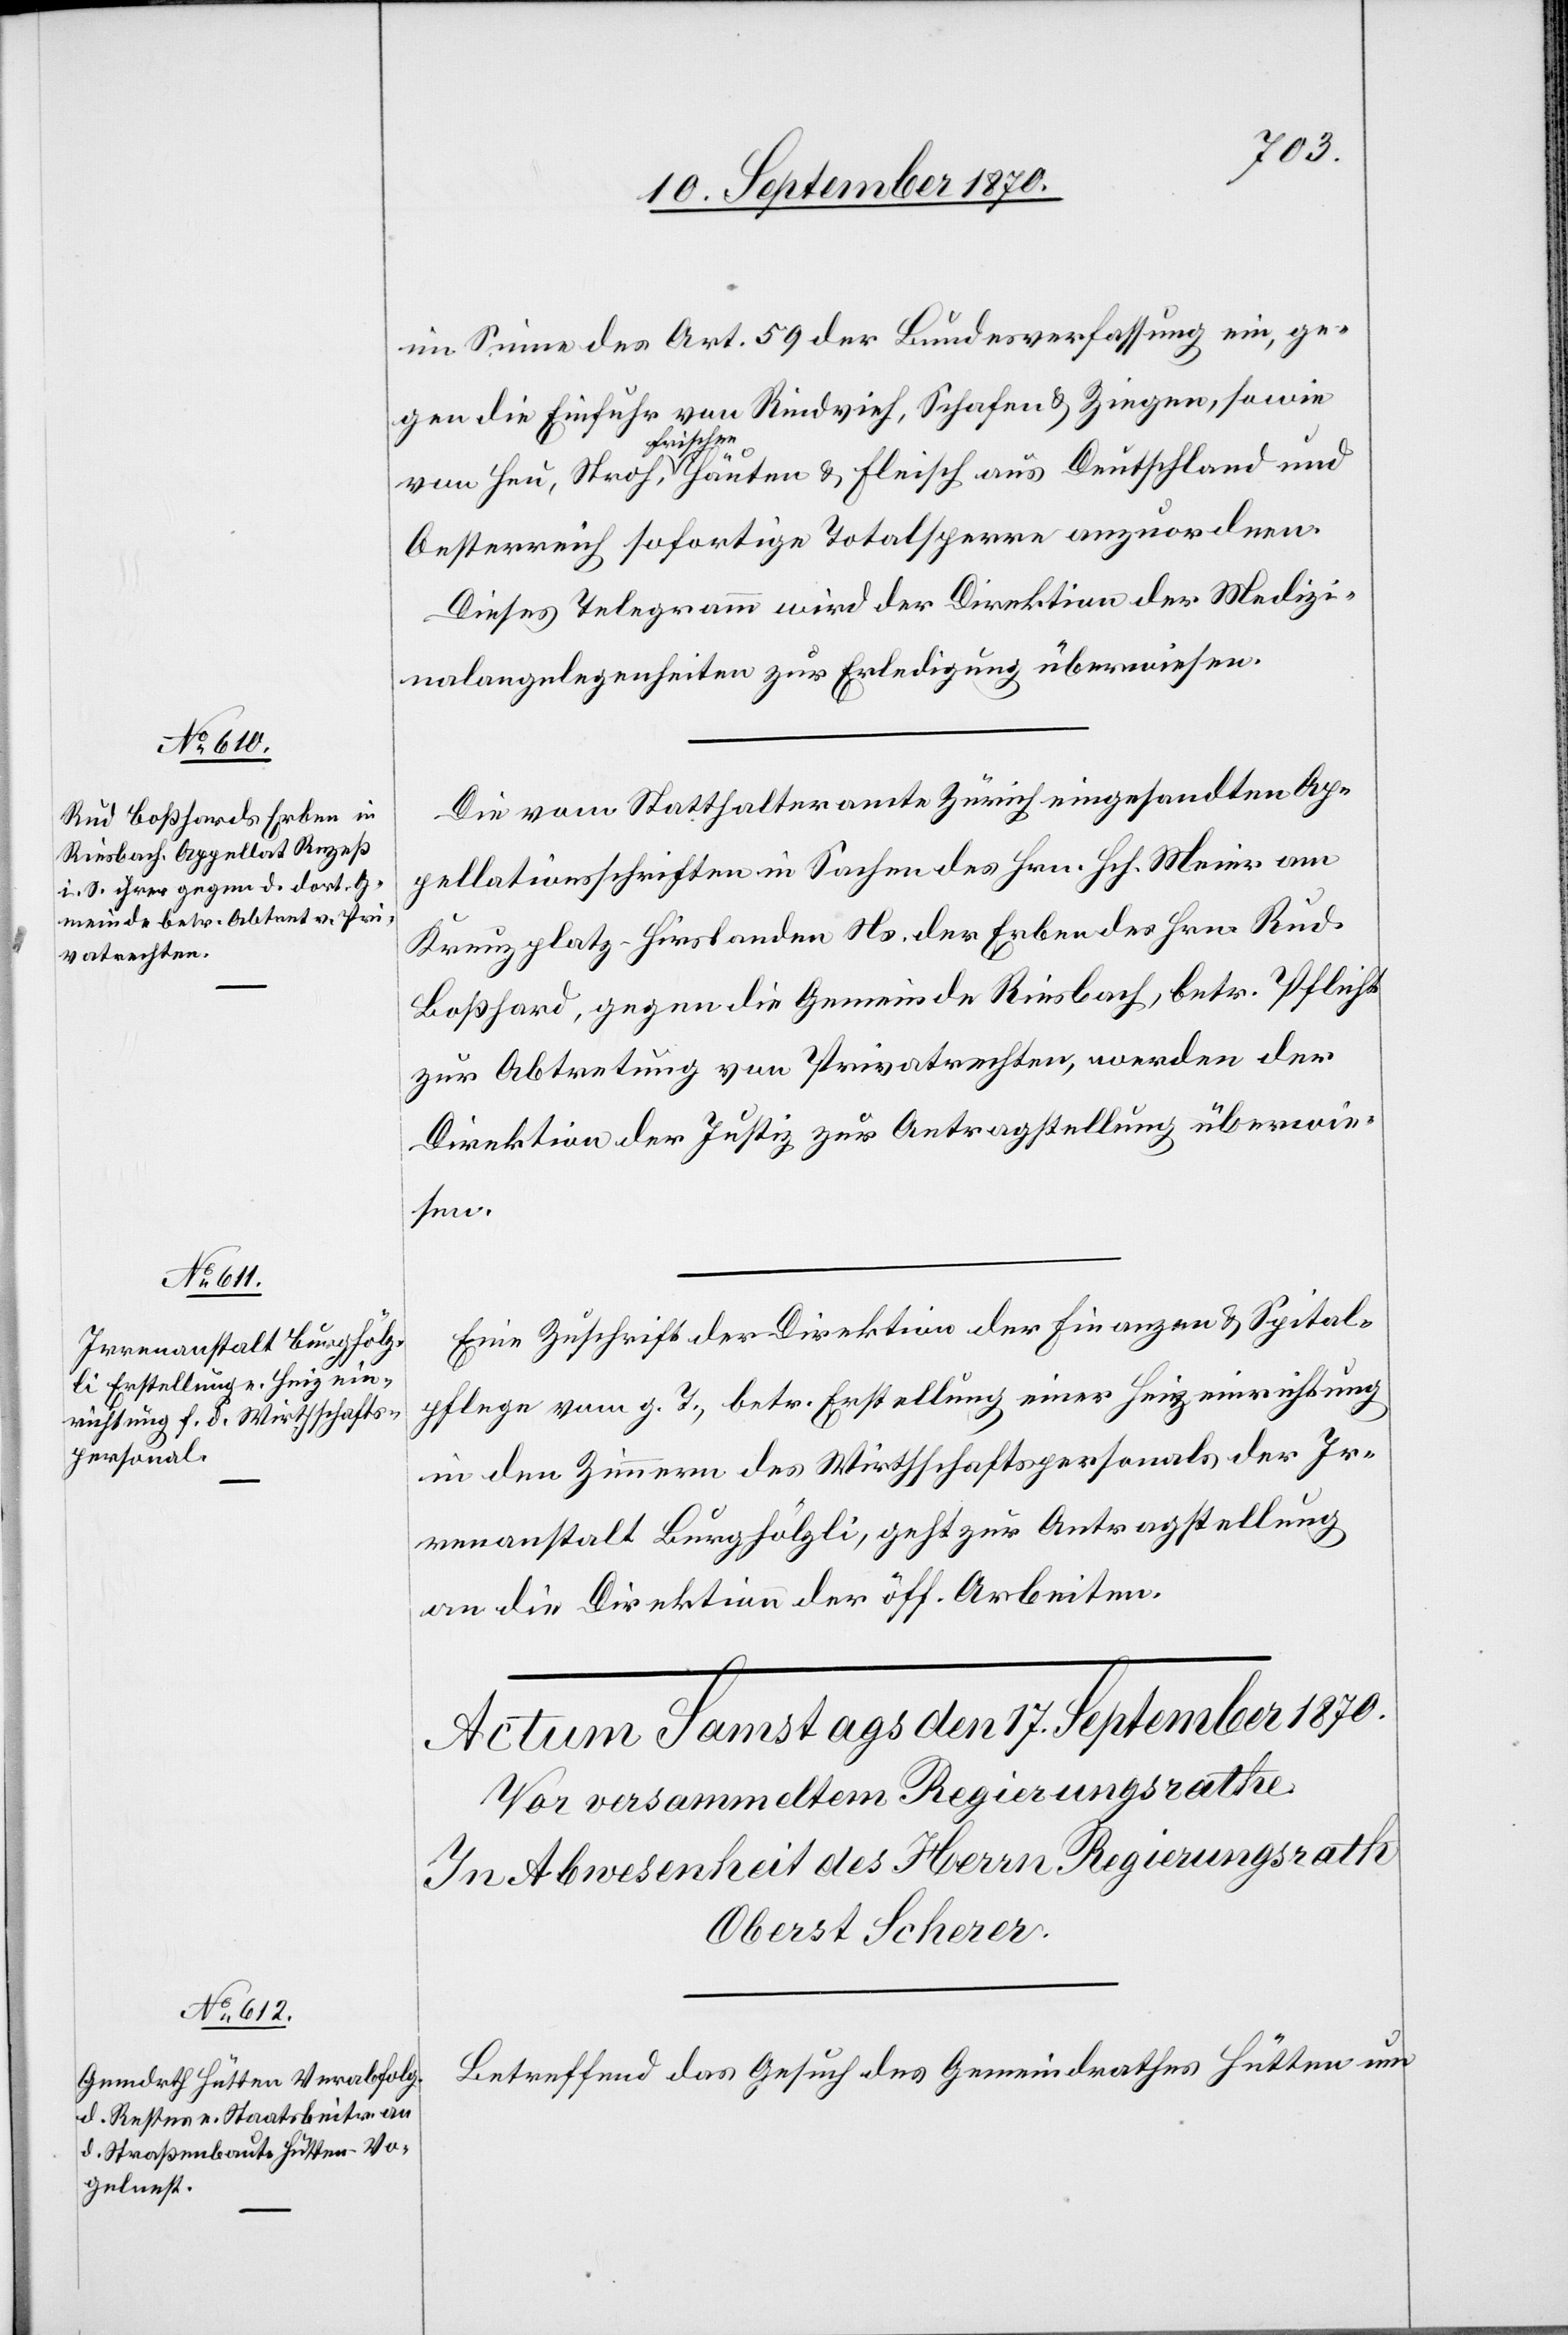
16. September 1870.]
im Sinne des Art. 59 der Bundesverfassung ein, ge¬
gen die Einfuhr von Rindvieh, Schafen & Ziegen, sowie
Heu,
Oesterreich sofortige Totalsperre anzuordnen.
Dieses Telegramm wird der Direktion der Medizi¬
nalangelegenheiten zur Erledigung überwiesen.
Die vom Statthalteramt Zürich eingesandten Ap¬
pellationsschriften in Sachen des Hrn. Hch. Meier am
Kreuzplatz - Hirslanden Ns. der Erben des Hrn. Rud.
Boßhard, gegen die Gemeinde Riesbach, betr. Pflicht
zur Abtretung von Privatrechten, werden der
Direktion der Justiz zur Antragstellung überwie¬
sen.
Eine Zuschrift der Direktion der Finanzen & Spital¬
pflege vom g. T., betr. Erstellung einer Heizeinrichtung
in den Zimmern des Wirthschaftspersonals der Ir¬
renanstalt Burghölzli, geht zur Antragstellung
an die Direktion der öff. Arbeiten.
Betreffend das Gesuch des Gemeindrathes Hütten um